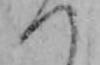
つ